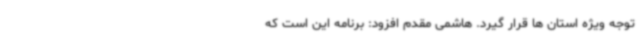
توجه ویژه استان ها قرار گیرد. هاشمی مقدم افزود: برنامه این است که